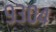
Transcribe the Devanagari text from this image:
९३०४